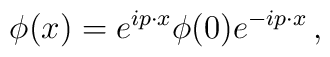
\phi(x) = e^{ip\cdot x} \phi(0) e^{-ip\cdot x} \, ,